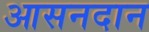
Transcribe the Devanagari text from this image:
आसनदान